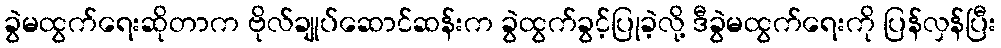
ခွဲမထွက်ရေးဆိုတာက ဗိုလ်ချုပ်ဆောင်ဆန်းက ခွဲထွက်ခွင့်ပြုခဲ့လို့ ဒီခွဲမထွက်ရေးကို ပြန်လှန်ပြီး